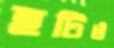
হটিও